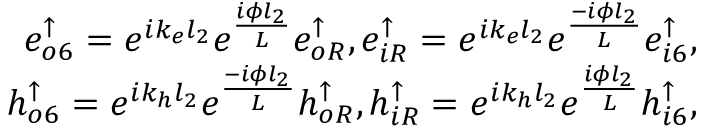
\begin{array} { r } { e _ { o 6 } ^ { \uparrow } = e ^ { i k _ { e } l _ { 2 } } e ^ { \frac { i \phi l _ { 2 } } { L } } e _ { o R } ^ { \uparrow } , e _ { i R } ^ { \uparrow } = e ^ { i k _ { e } l _ { 2 } } e ^ { \frac { - i \phi l _ { 2 } } { L } } e _ { i 6 } ^ { \uparrow } , } \\ { h _ { o 6 } ^ { \uparrow } = e ^ { i k _ { h } l _ { 2 } } e ^ { \frac { - i \phi l _ { 2 } } { L } } h _ { o R } ^ { \uparrow } , h _ { i R } ^ { \uparrow } = e ^ { i k _ { h } l _ { 2 } } e ^ { \frac { i \phi l _ { 2 } } { L } } h _ { i 6 } ^ { \uparrow } , } \end{array}